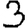
Digit: 3